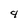
Character: 4